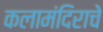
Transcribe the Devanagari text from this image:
कलामंदिराचे